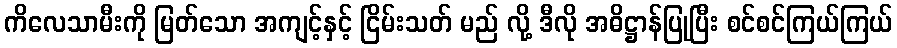
ကိလေသာမီးကို မြတ်သော အကျင့်နှင့် ငြိမ်းသတ် မည် လို့ ဒီလို အဓိဋ္ဌာန်ပြုပြီး စင်စင်ကြယ်ကြယ်